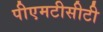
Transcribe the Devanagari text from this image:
पीएमटीसीटी